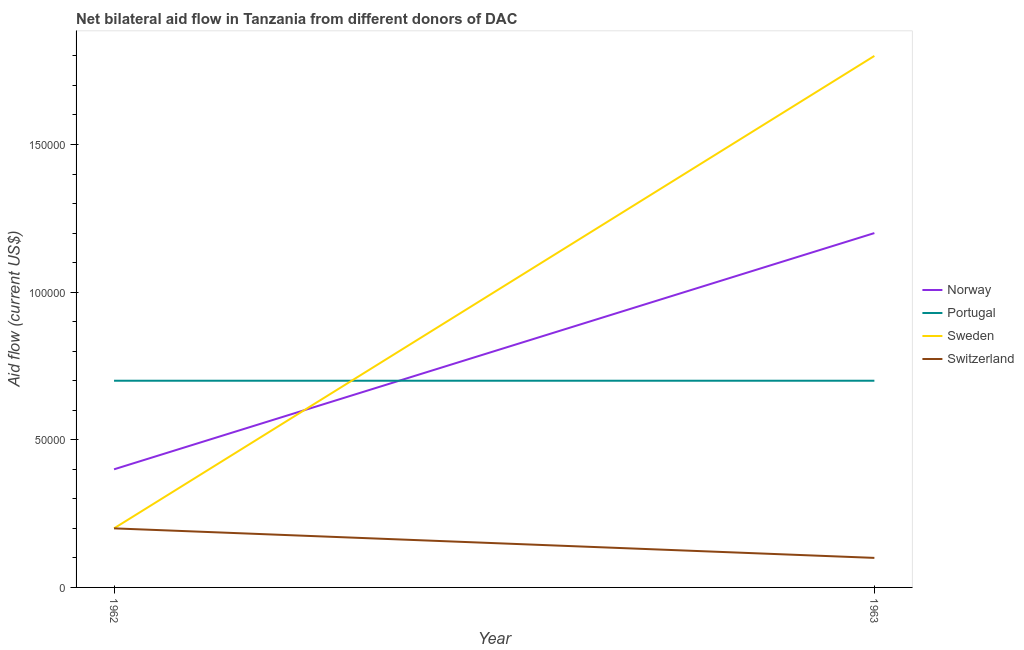
| Year | Norway | Portugal | Sweden | Switzerland |
 | --- | --- | --- | --- | --- |
 | 1962 | 4e+04 | 7e+04 | 2e+04 | 2e+04 |
 | 1963 | 1.2e+05 | 7e+04 | 1.8e+05 | 1e+04 |